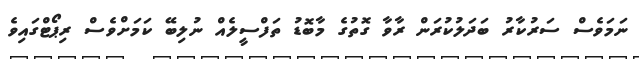
ނަމަވެސް ސަރުކާރު ބަދަލުކުރަން ރާވާ ގޮތުގެ މާބޮޑު ތަފްސީލެއް ނުލިބޭ ކަމަށްވެސް ރިޕޯޓްގައިވެ